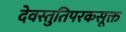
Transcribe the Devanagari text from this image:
देवस्तुतिपरकसूक्त